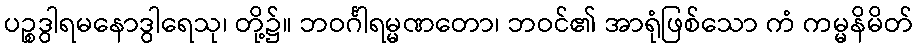
ပဉ္စဒွါရမနောဒွါရေသု၊ တို့၌။ ဘဝင်္ဂါရမ္မဏတော၊ ဘဝင်၏ အာရုံဖြစ်သော ကံ ကမ္မနိမိတ်